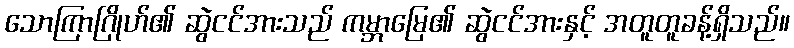
သောကြာဂြိုဟ်၏ ဆွဲငင်အားသည် ကမ္ဘာမြေ၏ ဆွဲငင်အားနှင့် အတူတူခန့်ရှိသည်။